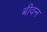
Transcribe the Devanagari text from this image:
बीवन